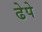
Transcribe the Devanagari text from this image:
ढेपे